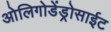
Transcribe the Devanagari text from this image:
ओलिगोडेंड्रोसाईट